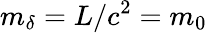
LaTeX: m_{\delta}={L}/{c^{2}}=m_{0}